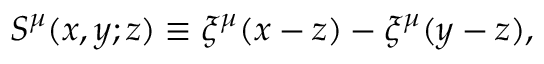
S ^ { \mu } ( x , y ; z ) \equiv \xi ^ { \mu } ( x - z ) - \xi ^ { \mu } ( y - z ) ,